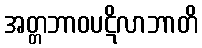
အတ္တဘာဝပဋိလာဘာတိ